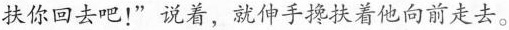
扶你回去吧！”说着，就伸手搀扶着他向前走去。